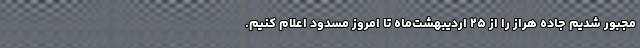
مجبور شدیم جاده هراز را از ۲۵ اردیبهشت‌ماه تا امروز مسدود اعلام کنیم.